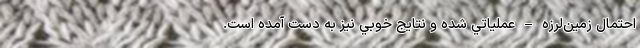
احتمال زمين‌لرزه – عملياتي شده و نتايج خوبي نيز به‌ دست آمده است.